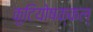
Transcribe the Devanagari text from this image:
कुटियोषक्कल्